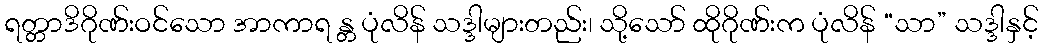
ရတ္တာဒိဂိုဏ်းဝင်သော အာကာရ န္တ ပုံလိန် သဒ္ဒါများတည်း၊ သို့သော် ထိုဂိုဏ်းက ပုံလိန် “သာ” သဒ္ဒါနှင့်